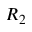
R _ { 2 }